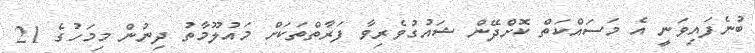
ބުނެފައިވަނީ އެ މަސައްކަތް ކޮށްދޭން ޝައުގުވެރިވާ ފަރާތްތަކަށް މައުލޫމާތު ދިނުން މިމަހުގެ 21